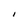
Character: I